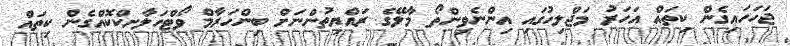
ޖަހަހައިގެން ކިތައް އަހަރު މަޖްލިހުގައި އިންނެވިންތޯ މާލޭގެ ރައްޔިތުންނަށް ބިންހަރާމް ވޯޓްހަލާށކްކޮއްގެން ކިތައް